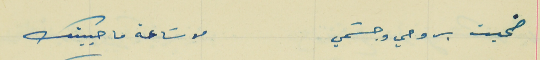
ضحيت بروحي وجسَمي                                           من سَاعة ما حبيتك